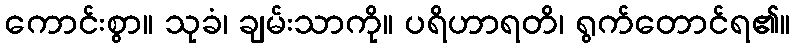
ကောင်းစွာ။ သုခံ၊ ချမ်းသာကို။ ပရိဟာရတိ၊ ရွက်တောင်ရ၏။